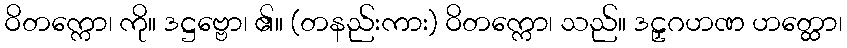
ဝိတက္ကော၊ ကို။ ဒဋ္ဌဗ္ဗော၊ ၏။ (တနည်းကား) ဝိတက္ကော၊ သည်။ ဒဠှဂဟဏ ဟတ္ထော၊